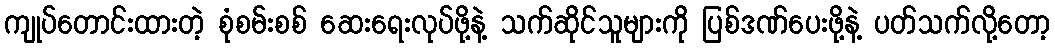
ကျုပ်တောင်းထားတဲ့ စုံစမ်းစစ် ဆေးရေးလုပ်ဖို့နဲ့ သက်ဆိုင်သူများကို ပြစ်ဒဏ်ပေးဖို့နဲ့ ပတ်သက်လို့တော့